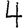
Digit: 4